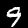
Label: 9